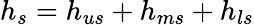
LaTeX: h_{s}=h_{us}+h_{ms}+h_{ls}